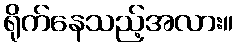
ရိုက်နေသည့်အလား။